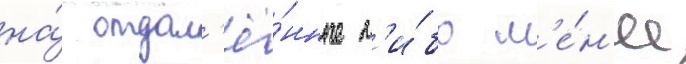
на́ отдал'ё́нные л'и́бо м'е́н'ее